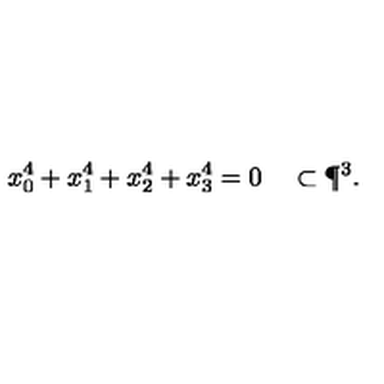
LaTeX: x _ { 0 } ^ { 4 } + x _ { 1 } ^ { 4 } + x _ { 2 } ^ { 4 } + x _ { 3 } ^ { 4 } = 0 \quad \subset \P ^ { 3 } .